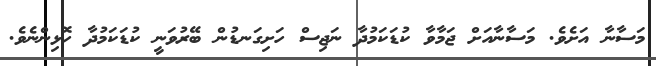
މަސާނާ އަށެވެ. މަސާނާއަށް ޖަމާވާ ކުޑަކަމުދާ ނަޖިސް ހަށިގަނޑުން ބޭރުވަނީ ކުޑަކަމުދާ ހޮޅިންނެވެ.